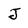
Character: J